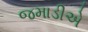
જમાડીએ